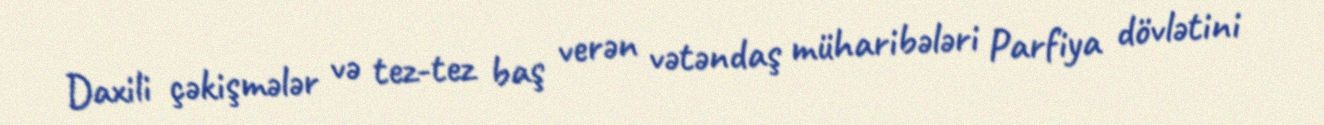
Daxili çəkişmələr və tez-tez baş verən vətəndaş müharibələri Parfiya dövlətini